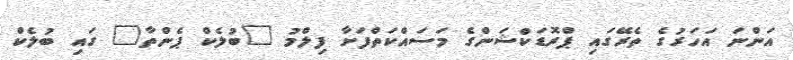
އަންނަ އަހަރުގެ ތެރޭގައި ޕްރޮޑަކްޝަންގެ މަސައްކަތްފަށާ ފިލްމު "ބުލެކް ޕެންތާ" ގައި ބުލެކް